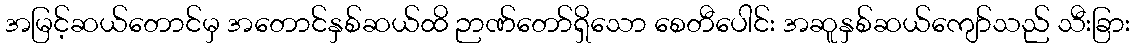
အမြင့်ဆယ်တောင်မှ အတောင်နှစ်ဆယ်ထိ ဉာဏ်တော်ရှိသော စေတီပေါင်း အဆူနှစ်ဆယ်ကျော်သည် သီးခြား